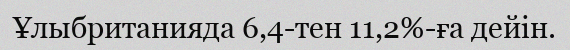
Ұлыбританияда 6,4-тен 11,2%-ға дейін.